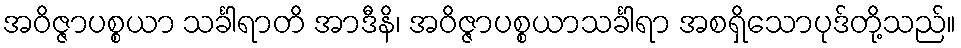
အဝိဇ္ဇာပစ္စယာ သင်္ခါရာတိ အာဒီနိ၊ အဝိဇ္ဇာပစ္စယာသင်္ခါရာ အစရှိသောပုဒ်တို့သည်။